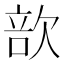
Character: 㰴